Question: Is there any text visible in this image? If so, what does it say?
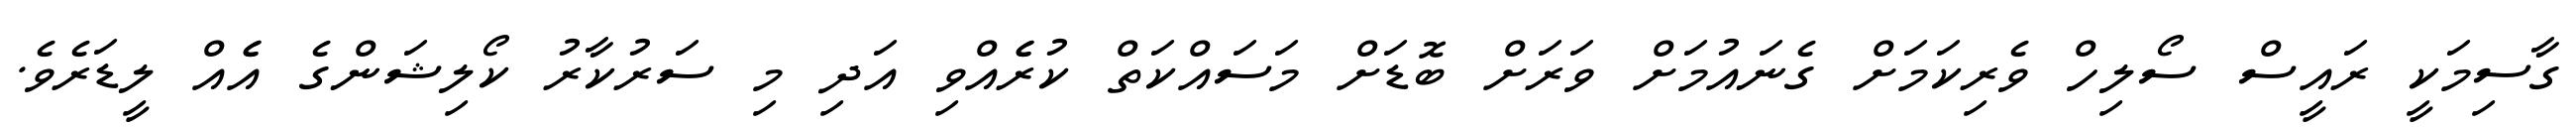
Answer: ގާސިމަކީ ރައީސް ސޯލިހް ވެރިކަމަށް ގެނައުމަށް ވަރަށް ބޮޑަށް މަސައްކަތް ކުރެެއްވި އަދި މި ސަރުކާރު ކޯލިޝަންގެ އެެއް ލީޑަރެވެ.